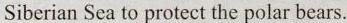
Siberian Sea to protect the polar bears.